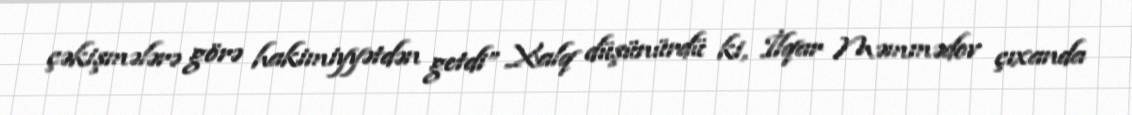
çəkişmələrə görə hakimiyyətdən getdi” Xalq düşünürdü ki, İlqar Məmmədov çıxanda